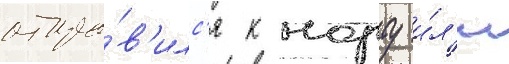
отпра́в'илс'я к норту и́л'и